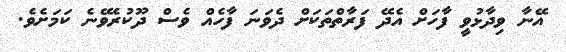
އޭނާ ވިދާޅުވީ ފާހަށް އެދޭ ފަރާތްތަކަށް ދެވަނަ ފާހެއް ވެސް ދޫކުރެވޭނެ ކަމަށެވެ.